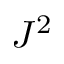
J ^ { 2 }